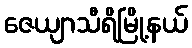
ဇေယျာသီရိမြို့နယ်